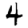
Digit: 4